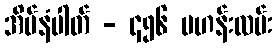
အိမ်နံပါတ် - ၄၅၆ ဗဟန်းလမ်း